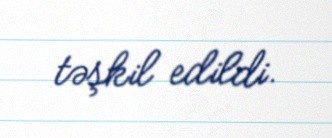
təşkil edildi.